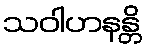
သဝါဟနန္တိ